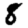
Digit: 8